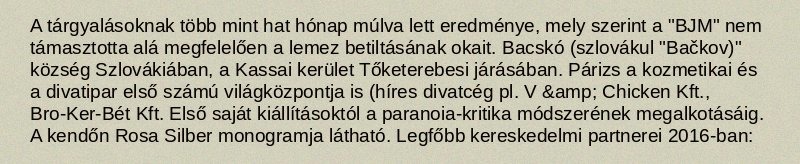
A tárgyalásoknak több mint hat hónap múlva lett eredménye, mely szerint a "BJM" nem támasztotta alá megfelelően a lemez betiltásának okait. Bacskó (szlovákul "Bačkov)" község Szlovákiában, a Kassai kerület Tőketerebesi járásában. Párizs a kozmetikai és a divatipar első számú világközpontja is (híres divatcég pl. V &amp; Chicken Kft., Bro-Ker-Bét Kft. Első saját kiállításoktól a paranoia-kritika módszerének megalkotásáig. A kendőn Rosa Silber monogramja látható. Legfőbb kereskedelmi partnerei 2016-ban: